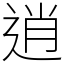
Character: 逍